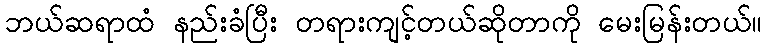
ဘယ်ဆရာထံ နည်းခံပြီး တရားကျင့်တယ်ဆိုတာကို မေးမြန်းတယ်။